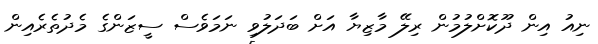
ނިއު އިން ދޫކޮށްލުމުން ރިލޭ މާޒިޔާ އަށް ބަދަލުވި ނަމަވެސް ސީޒަންގެ މެދުތެރެއިން